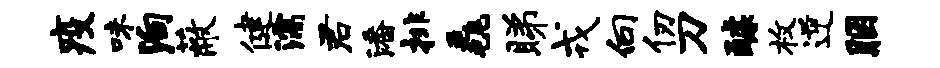
疫味殉蔽健濡君潘排毳睇戎向仞刀醵枚逆胭